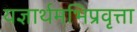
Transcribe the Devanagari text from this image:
यज्ञार्थमभिप्रवृत्ता